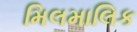
મિલમાલિક